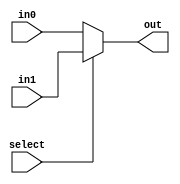
module mux_2_8bit(select,in0,in1,out);
	input select;
	input [7:0] in0, in1;
	output[7:0] out;
	assign out= select ? in1 : in0;
endmodule